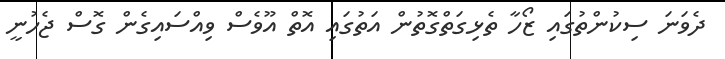
ދެވަނަ ސިކުންތުގައި ޒޯހާ ތެޅިގަތްގޮތުން އަތުގައި އޮތް އޫވެސް ވިއްސައިގެން ގޮސް ޖެހުނީ